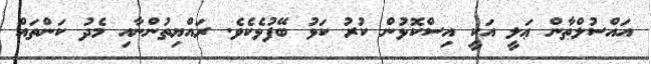
އައްސުލްޠާން ޢަލީ އަކީ އިސްކޮޅުން ކުރު ކަޅު ބޭފުޅެކެވެ. ރައްޔިތުންނާއި މެދު ކަންތައް